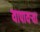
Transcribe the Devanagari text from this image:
यापायऱ्या